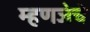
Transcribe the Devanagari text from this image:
म्हणजेचे